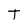
Character: T